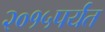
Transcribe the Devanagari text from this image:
२०१५पर्यंत